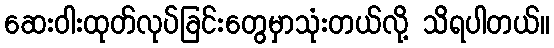
ဆေးဝါးထုတ်လုပ်ခြင်းတွေမှာသုံးတယ်လို့ သိရပါတယ်။